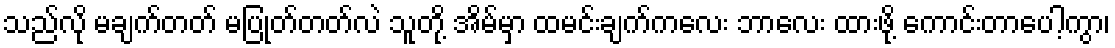
သည်လို မချက်တတ် မပြုတ်တတ်လဲ သူတို့ အိမ်မှာ ထမင်းချက်ကလေး ဘာလေး ထားဖို့ ကောင်းတာပေါ့ကွာ၊